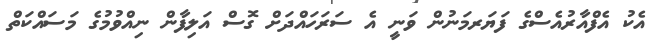
އެކު އެފްއާރުއެސްގެ ފަޔަރމަނުން ވަނީ އެ ސަރަހައްދަށް ގޮސް އަލިފާން ނިއްވުމުގެ މަސައްކަތް